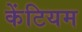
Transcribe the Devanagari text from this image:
केंटियम